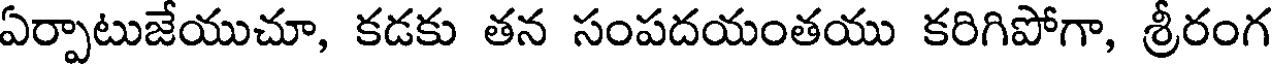
ఏర్పాటుజేయుచూ, కడకు తన సంపదయంతయు కరిగిపోగా, శ్రీరంగ